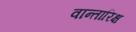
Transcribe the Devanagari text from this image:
वान्तारिक्ष